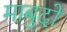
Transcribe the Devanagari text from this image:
माबुदों